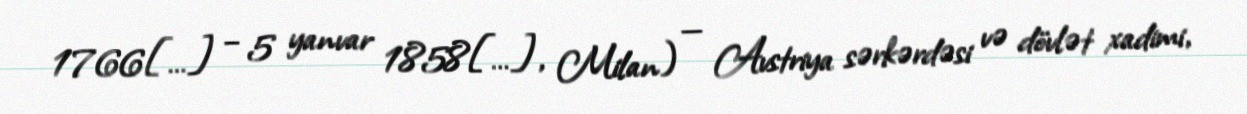
1766[…] – 5 yanvar 1858[…], Milan) — Avstriya sərkərdəsi və dövlət xadimi,